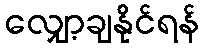
လျှော့ချနိုင်ရန်